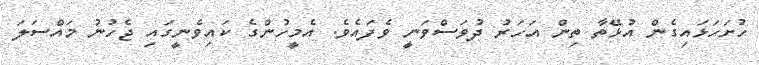
ހުށަހަޅައިގެން އުޅޭތާ ތިން އަހަރު ދުވަސްވަނީ ވެފައެވެ. އެމީހުންގެ ކައިވެނީގައި ޖެހުނު މައްސަލަ